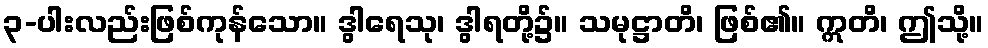
၃-ပါးလည်းဖြစ်ကုန်သော။ ဒွါရေသု၊ ဒွါရတို့၌။ သမုဋ္ဌာတိ၊ ဖြစ်၏။ ဣတိ၊ ဤသို့။